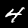
Digit: 4